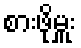
စားဖိုမှူး